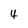
Character: 4